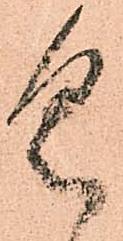
具